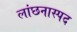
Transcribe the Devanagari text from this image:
लांछनास्‍पद